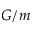
G / m